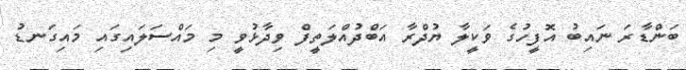
ބަންޑާރަ ނައިބު އޮފީހުގެ ވަކީލާ ޔުދްރާ އަބްދުއްލަތީފް ވިދާޅުވީ މި މައްސަލައިގައި މައިގަނޑު